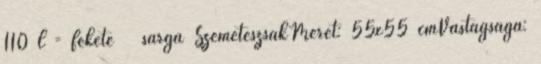
110 l - fekete sárga SzemeteszsákMéret: 55x55 cmVastagsága: